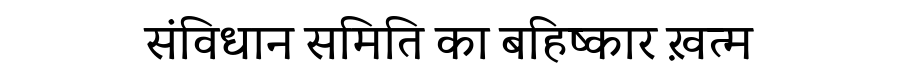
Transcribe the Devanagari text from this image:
संविधान समिति का बहिष्कार ख़त्म